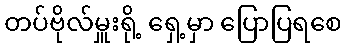
တပ်ဗိုလ်မှူးရို့ ရှေ့မှာ ပြောပြရစေ